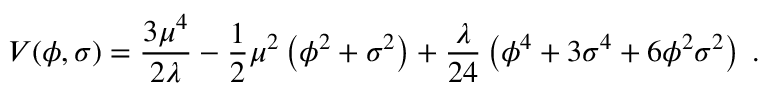
V ( \phi , \sigma ) = \frac { 3 \mu ^ { 4 } } { 2 \lambda } - \frac 1 2 \mu ^ { 2 } \left( \phi ^ { 2 } + \sigma ^ { 2 } \right) + \frac { \lambda } { 2 4 } \left( \phi ^ { 4 } + 3 \sigma ^ { 4 } + 6 \phi ^ { 2 } \sigma ^ { 2 } \right) \; .